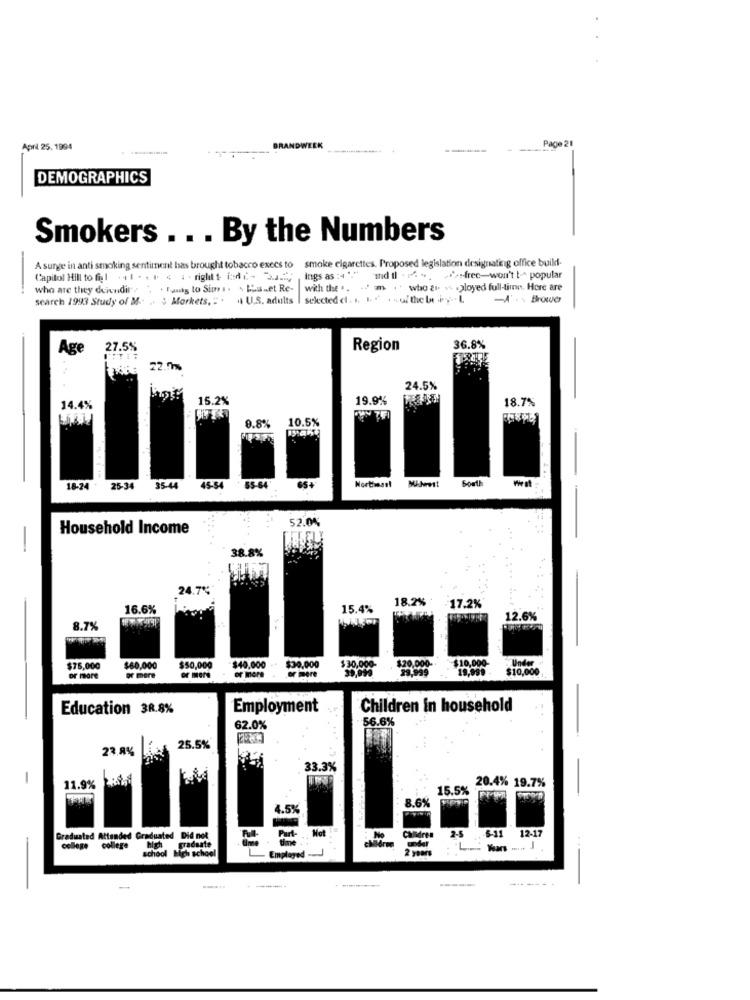
Page 21
April 25. 1994
BRANDWEEK
DEMOGRAPHICS
Smokers . . . By the Numbers
smoke cigarettes. Proposed legislation designating office build-
A surge in anti smoking sentiment bas brought tobacco execs to
Capitol Hill to fol ... . . . < 1 - right :di- 3 ==;
Ings as : 4 "" Id il + 4 + /-free-won't to popular
-
who are they deindire ', . Funty to Sime. \ La.et Re-
with the .. . m . who &t. w .ployed full-time. Here are
search 1993 Study of M .. .. $ Markets, = . . U.S. adults | selected di. .. .. . . . u/ the but i y- - L
-A' . . Brower
Age
27.5%
Region
36.8%
22.0%
24.5%
15.2%
19.9%
18.7%
14.4%
10.5%
0.8%
South
18-24 - 25-34
35-44
45-54
65-64
52.00
Household Income
38.8%
24.7%
18.2%
16.6%
15.4%
-17.2%
12.6%
8.7%
$20,000-
$10,000-
Under ~
$76,000
$60,000
or mere
$50,000
$40,000
or more
$30,000
or mere
$ 30,000-
29.999
19,999
$10,000
or more
Education 3R.8%
Employment
Children in household
56.6%
62.0%
23.8%
25.5%
33.3%
-
11.9%
15.5%
20.4% 19.7%
8.6%
4.5%
Mot
2-5
12-17
Graduated Attended Graduated Did not
Calldres
college college
school High school
high graduate
2 years
----
-